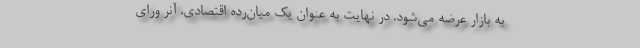
به بازار عرضه می‌شود. در نهایت به عنوان یک میان‌رده اقتصادی، آنر ورای